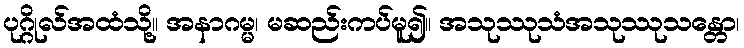
ပုဂ္ဂိုလ်အထံသို့။ အနာဂမ္မ၊ မဆည်းကပ်မူ၍။ အသုဿုသံအသုဿုသန္တော၊